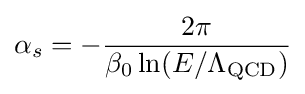
\alpha _{s}=-{\frac {2\pi }{\beta _{0}\ln(E/\Lambda _{\rm {QCD}})}}